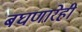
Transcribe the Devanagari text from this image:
बघणारेही